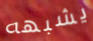
يشبهه